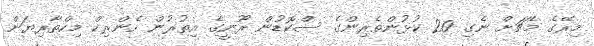
މިރޭގެ މެޗަށް ނެގި 20 ކުޅުންތެރިންގެ ސްކޮޑުން ރޫނީގެ އިތުރުން ހެންރިކް މިކްތާރިޔަން